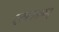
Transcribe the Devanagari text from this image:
दत्तमनन्तकम्